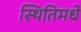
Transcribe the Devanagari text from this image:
स्थितिमधे